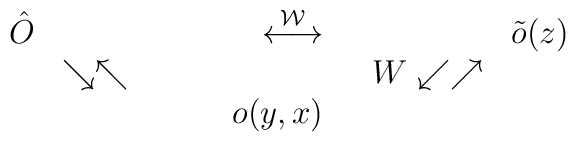
\begin{array}{rlrlrl}\hat{O} & &\stackrel{\cal W}{\longleftrightarrow} & ~& \tilde{o}(z) \nonumber \\&\searrow \nwarrow & &~~ W\swarrow \nearrow & \nonumber \\& & ~~~~~~~o(y,x) & & \end{array}